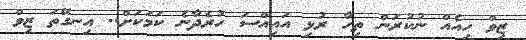
ޒިވް ހިއެއް ނުކުރަން ތިހާ ރުޅި އައިއްސަ ހުރެދާނެ ކަމަކަށް.. އިނގޭތަ ޒިވް